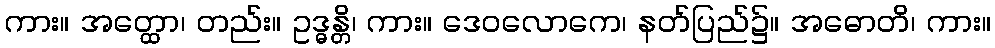
ကား။ အတ္ထော၊ တည်း။ ဥဒ္ဓန္တိ၊ ကား။ ဒေဝလောကေ၊ နတ်ပြည်၌။ အဓောတိ၊ ကား။